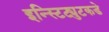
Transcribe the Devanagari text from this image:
इन्स्टिट्युटकडे